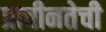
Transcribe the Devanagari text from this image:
प्राचीनतेची